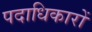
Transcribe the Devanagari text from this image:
पदाधिकारों